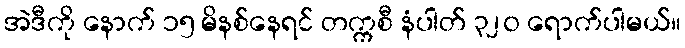
အဲဒီကို နောက် ၁၅ မိနစ်နေရင် တက္ကစီ နံပါတ် ၃၂၀ ရောက်ပါမယ်။